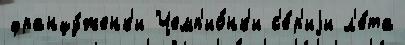
францу́женк'и Чемп'ио́нк'и с'е́р'иjи л'е́та